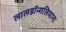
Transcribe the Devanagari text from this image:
लालडॉन्गलियाना